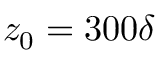
z _ { 0 } = 3 0 0 \delta